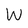
Character: W